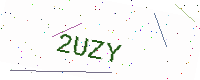
Text: 2UZY